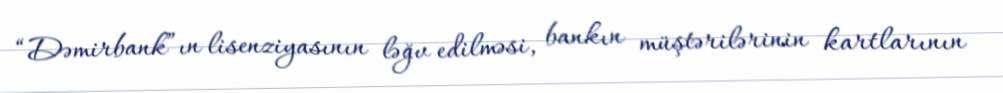
“Dəmirbank”ın lisenziyasının ləğv edilməsi, bankın müştərilərinin kartlarının